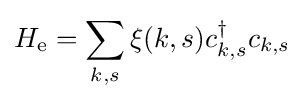
H_{\rm {e}}=\sum _{k,s}\xi (k,s)c_{k,s}^{\dagger }c_{k,s}